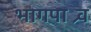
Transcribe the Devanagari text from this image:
भागपाश्र्व